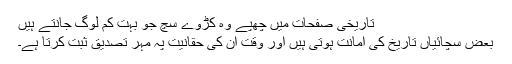
تاریخی صفحات میں چھپے وہ کڑوے سچ جو بہت کم لوگ جانتے ہیں
بعض سچائیاں تاریخ کی امانت ہوتی ہیں اور وقت اُن کی حقانیت پہ مہرِ تصدیق ثبت کرتا ہے۔